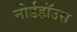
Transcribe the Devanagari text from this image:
नोर्डहॉउस